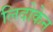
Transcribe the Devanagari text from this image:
लिदोकेन